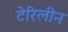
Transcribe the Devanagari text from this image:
टेरिलीन